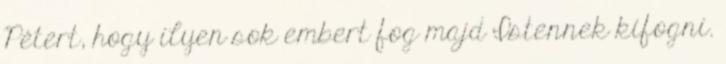
Pétert, hogy ilyen sok embert fog majd Istennek kifogni.